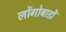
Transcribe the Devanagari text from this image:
लोंगोबार्डों